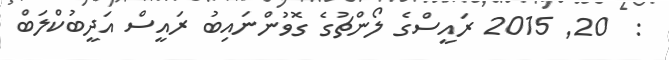
:  20